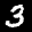
Label: 3